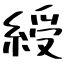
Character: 綬